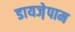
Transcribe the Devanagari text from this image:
डायजे़पाम